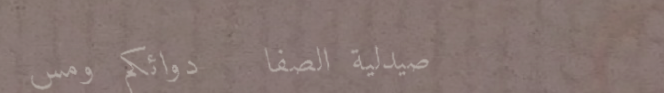
صيدلية الصفا   دوائكم ومس